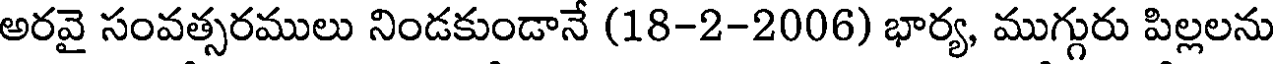
అరవై సంవత్సరములు నిండకుండానే (18-2-2006) భార్య, ముగ్గురు పిల్లలను